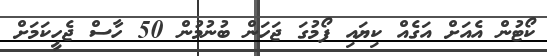
ކޯޓުން އެއަށް އަގެއް ކިޔައި ފޯމުގަ ޖަހަން ބުނުމުން 50 ހާސް ޖެހީކަމަށް